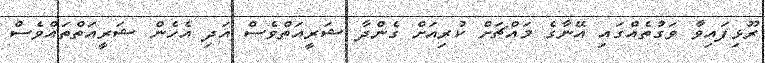
ރޫޅިފައިވާ ވަގުތެއްގައި އޭނާގެ މައްޗަށް ކުރިއަށް ގެންދާ ޝަރީއަތްވެސް އަދި އެހެން ޝަރީއަތްތައްވެސް